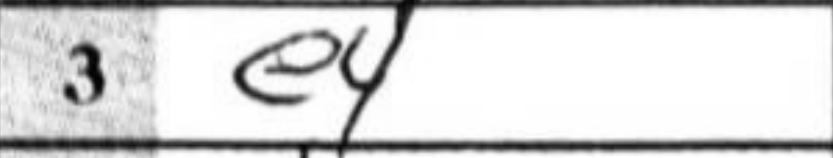
Transcription: e4